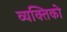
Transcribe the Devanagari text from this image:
व्यक्तिको